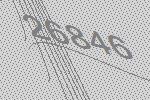
26846